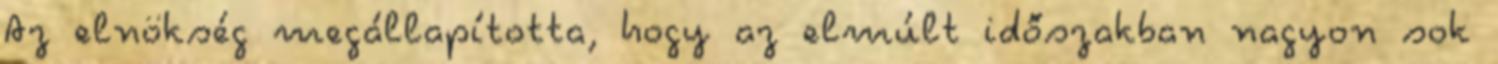
Az elnökség megállapította, hogy az elmúlt időszakban nagyon sok